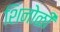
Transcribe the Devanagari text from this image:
शिनोळी